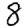
Digit: 8